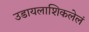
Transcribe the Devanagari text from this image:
उडायलाशिकलेलं